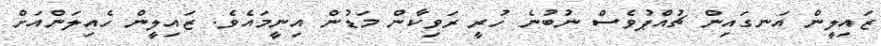
ޒައިލީން އަނގައިން ޗުއްޕުވެސް ނުބުނެ ހުރީ ރަވިކާން މަޑުން އިނީމައެވެ. ޒައިލީން ހެއިލަންއަށް